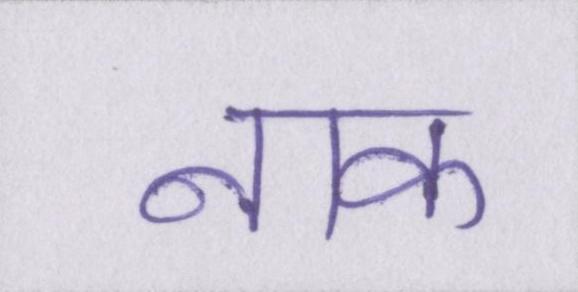
नाक